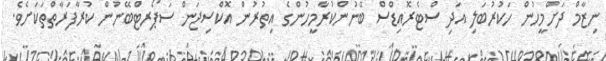
ނިޒާމް ދަށްމީހުން ހަކުރުބަލި އަދި ސްޓެރޮއިޑްސް ބޭނުންކުރާމީހުންގެ އިތުރުން އޮކްސިޖަން ސަޕޯރޓްބޭނުން ކުރާފަރާތްތަކަށެވެ.